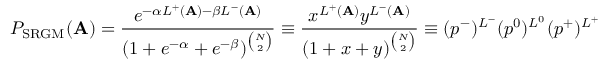
P _ { \mathrm { S R G M } } ( \mathbf { A } ) = \frac { e ^ { - \alpha L ^ { + } ( \mathbf { A } ) - \beta L ^ { - } ( \mathbf { A } ) } } { ( 1 + e ^ { - \alpha } + e ^ { - \beta } ) ^ { \binom N 2 } } \equiv \frac { x ^ { L ^ { + } ( \mathbf { A } ) } y ^ { L ^ { - } ( \mathbf { A } ) } } { ( 1 + x + y ) ^ { \binom N 2 } } \equiv ( p ^ { - } ) ^ { L ^ { - } } ( p ^ { 0 } ) ^ { L ^ { 0 } } ( p ^ { + } ) ^ { L ^ { + } }